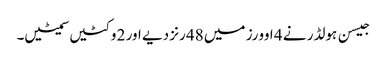
جیسن ہولڈر نے 4 اوورز میں 48 رنز دیے اور 2 وکٹیں سمیٹیں۔